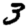
Digit: 3